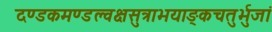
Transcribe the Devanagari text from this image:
दण्डकमण्डल्वक्षसुत्राभयाङ्कचतुर्भुजां